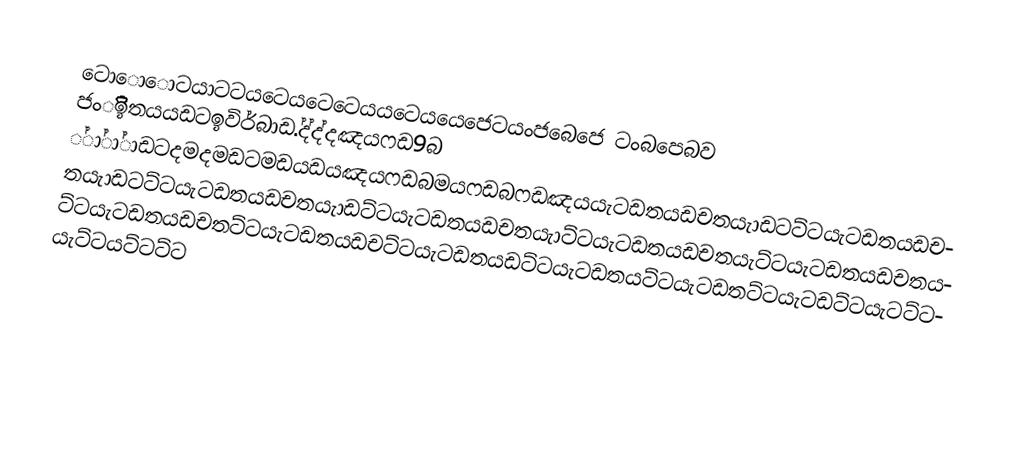
ටො‌ො‌ොටයාටටයටෙයටෙටෙයයටෙයයෙජෙටයංජබෙජෙ ටංබපෙබව ජංිිිිිිිිිිිිිිිිිිිඉතයයඩටඉවිර්බාඩ.්ද්ද්දඤයෆඩ9බ ්ා්ා්ාඩටදමදමඩටමඩයඩයඤයෆඩබමයෆඩබෆඩඤයයැටඩතයඩචතයැාඩටට්ටයැටඩතයඩචතයැාඩටට්ටයැටඩතයඩචතයැාඩට්ටයැටඩතයඩචතයැාට්ටයැටඩතයඩචතයැට්ටයැටඩතයඩචතයට්ටයැටඩතයඩචතට්ටයැටඩතයඩචට්ටයැටඩතයඩට්ටයැටඩතයට්ටයැටඩතට්ටයැටඩට්ටයැටට්ටයැට්ටයට්ටට්ට